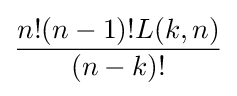
{\frac {n!(n-1)!L(k,n)}{(n-k)!}}